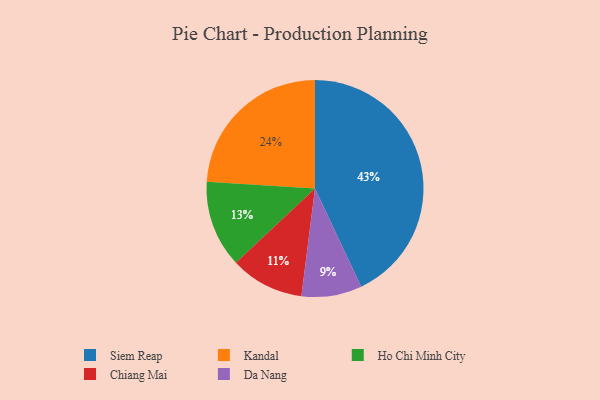
{"axis": {"x": "Category", "y": "Percentage"}, "legend": ["Chiang Mai", "Da Nang", "Ho Chi Minh City", "Kandal", "Siem Reap"], "data": [{"x": "Chiang Mai", "y": 11, "type": "Chiang Mai"}, {"x": "Kandal", "y": 24, "type": "Kandal"}, {"x": "Ho Chi Minh City", "y": 13, "type": "Ho Chi Minh City"}, {"x": "Da Nang", "y": 9, "type": "Da Nang"}, {"x": "Siem Reap", "y": 43, "type": "Siem Reap"}]}